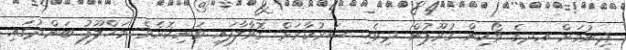
ދިނުމަށް އދގެ ވޯކިން ގުރޫޕުން ދިވެހި ސަރުކާރަށް ގޮވާލާފައި ވަނިކޮށެވެ. މަހްލޫފު ބަންދުގައި